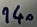
Text: 140